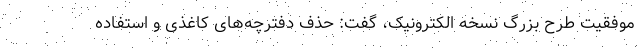
موفقیت طرح بزرگ نسخه الکترونیک، گفت: حذف دفترچه‌های کاغذی و استفاده